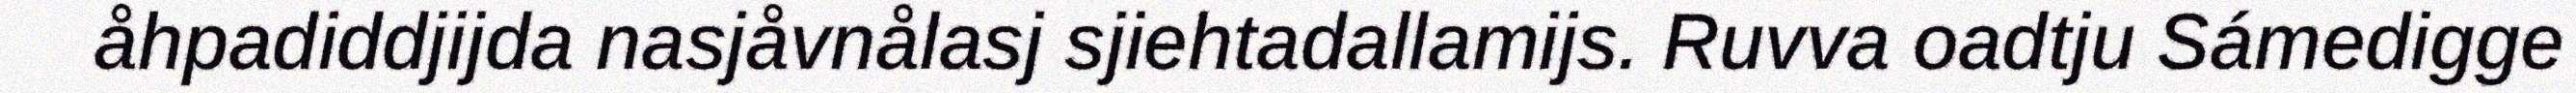
åhpadiddjijda nasjåvnålasj sjiehtadallamijs. Ruvva oadtju Sámedigge